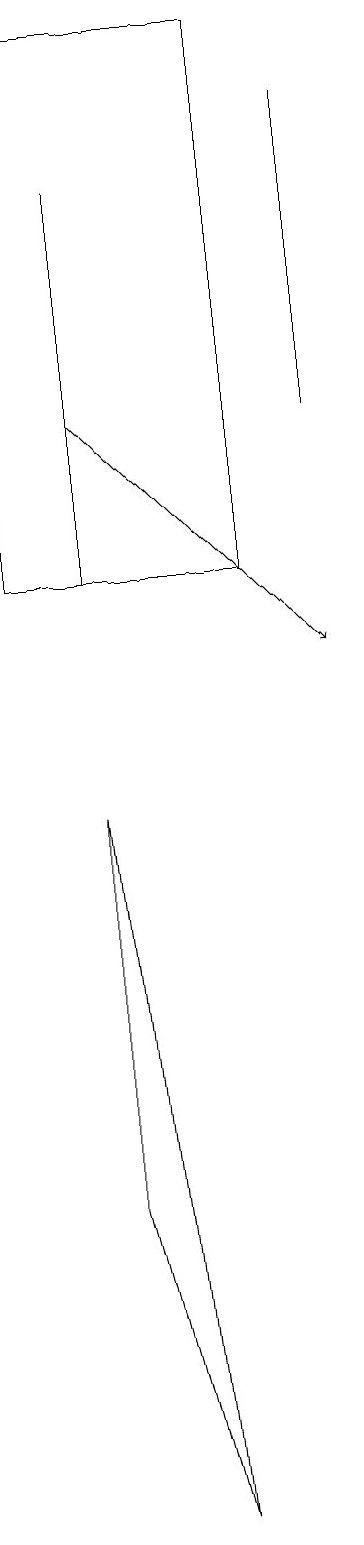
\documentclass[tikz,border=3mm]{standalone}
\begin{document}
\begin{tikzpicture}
\draw (2,4) -- (3,0) -- (2,9) -- cycle;
\draw (2,12) rectangle (2,17);
\draw[->] (2,14) -- (5,11);
\draw (4,12) rectangle (1,19);
\draw (5,14) rectangle (5,18);
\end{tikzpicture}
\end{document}